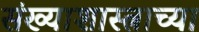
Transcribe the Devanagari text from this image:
संख्याशास्त्राच्या